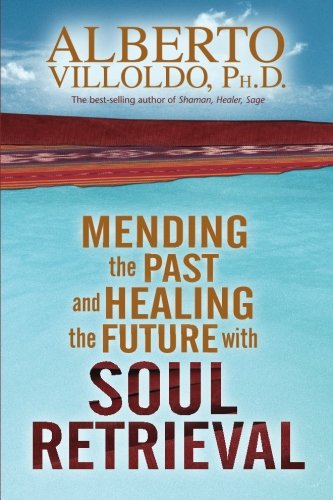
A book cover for Mending The Past & Healing The Future With Soul Retrieval; Alberto Villoldo Ph.D.; Religion & Spirituality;